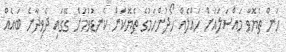
ހަން ތެޔޮވާ މައްސަލައަށް ހައްލެއް ހޯދުންހަމުގެ ތެޔޮކަން ކެނޑުވުމަށް ގޭގައި ދެވިދާނެ ބައެއް